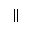
\Vert